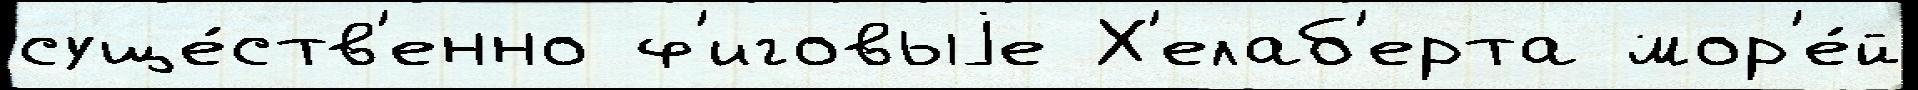
суще́ств'енно ф'иговыjе Х'елаб'ерта мор'е́й